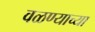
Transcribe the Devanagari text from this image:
वळण्याच्या